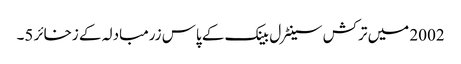
2002 میں ترکش سینٹرل بینک کے پاس زرمبادلہ کے زخائر 5۔